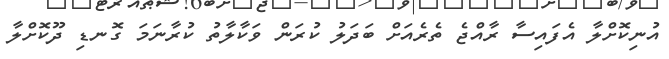
އުނިކޮށްލާ އެފައިސާ ރާއްޖެ ތެރެއަށް ބަދަލު ކުރަން ވަކާލާތު ކުރާނަމަ ގޮނޑި ދޫކޮށްލާ